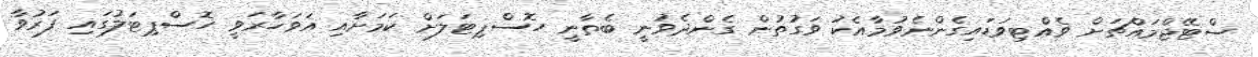
ސްޓޭޖްމައްޗަށް ވެއްޓިވަޑައިގެންނެވުމާއެކު ވަގުތުން ގެންދެވުނީ ބެތާނީ ހޮސްޕިޓަލަށް ކަމަށާއި އަވަހާރަވީ ހޮސްޕިޓަލުގައި ފަރުވާ